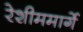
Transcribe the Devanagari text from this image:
रेशीममार्गे